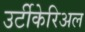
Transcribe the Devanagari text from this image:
उर्टीकेरिअल